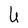
Character: U